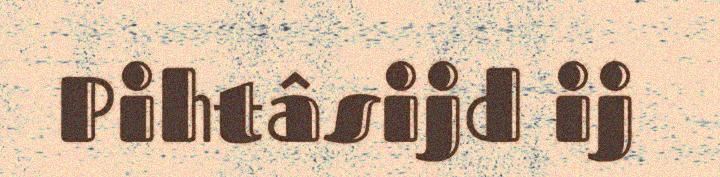
Pihtâsijd ij